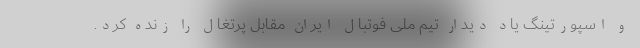
و اسپورتینگ یاد دیدار تیم ملی فوتبال ایران مقابل پرتغال را زنده کرد.